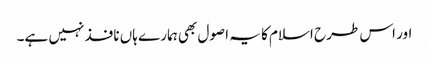
اور اس طرح اسلام کا یہ اصول بھی ہمارے ہاں نافذ نہیں ہے۔